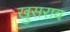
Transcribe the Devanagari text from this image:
खुसराव